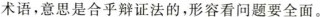
术语，意思是合乎辩证法的，形容看问题要全面。